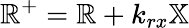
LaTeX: \mathbb{R}^{+}=\mathbb{R}+k_{rx}\mathbb{X}